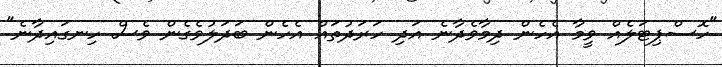
"ހޮސްޕިޓަލެއް ވީމާ އެހެން ދިމާވެދާނެ އަދި ހަރަދުތައް އެހެން ބަދަލުވެގެން ވެސް ހިނގައިދާނެ"